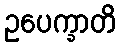
ဥပေက္ခာတိ